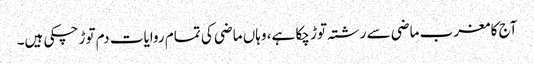
آج کا مغرب ماضی سے رشتہ توڑ چکا ہے، وہاں ماضی کی تمام روایات دم توڑ چکی ہیں۔